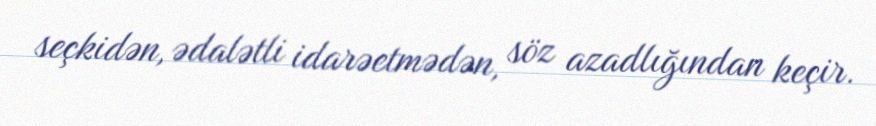
seçkidən, ədalətli idarəetmədən, söz azadlığından keçir.